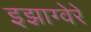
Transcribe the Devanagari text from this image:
इझाग्वेरे